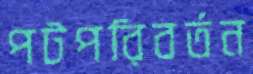
পটপরিবর্তন